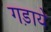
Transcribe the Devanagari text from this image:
गड़ाये